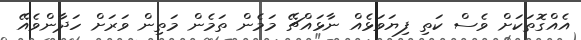
އެއްގޮތަކަށް ވެސް ކަތި ފިޔަވަޅެއް ނާޅައްޗޭ މަމެން ތަމެން މަތިން ވަރަށް ހަދާންވެއޭ